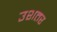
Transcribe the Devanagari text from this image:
उशतर